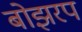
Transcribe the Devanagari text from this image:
बोझरप